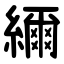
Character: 䌤